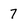
Character: 7